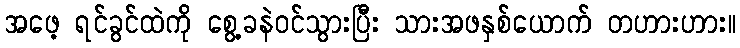
အဖေ့ ရင်ခွင်ထဲကို စွေ့ခနဲဝင်သွားပြီး သားအဖနှစ်ယောက် တဟားဟား။